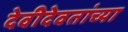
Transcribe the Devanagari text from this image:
देवीदेवतांच्या